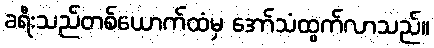
ခရီးသည်တစ်ယောက်ထံမှ အော်သံထွက်လာသည်။